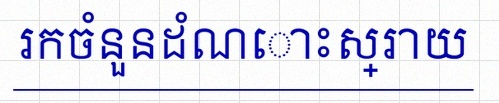
រកចំនួនដំណោះស្រាយ